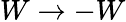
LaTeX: W\to-W